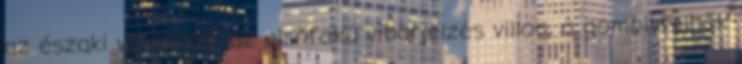
az északi veszettül, az elsőfokú viharjelzés villog, a gomolyfelhők